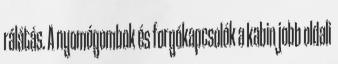
rálátás. A nyomógombok és forgókapcsolók a kabin jobb oldali